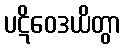
ပဋိဝေဒယိတွာ